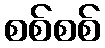
စစ်စစ်